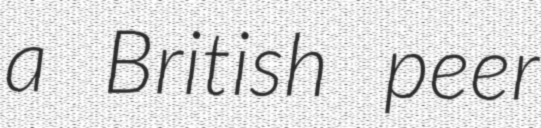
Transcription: a British peer